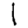
Digit: 1